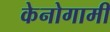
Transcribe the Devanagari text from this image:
केनोगामी